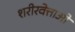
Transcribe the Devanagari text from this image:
शरीरवेत्ताओं